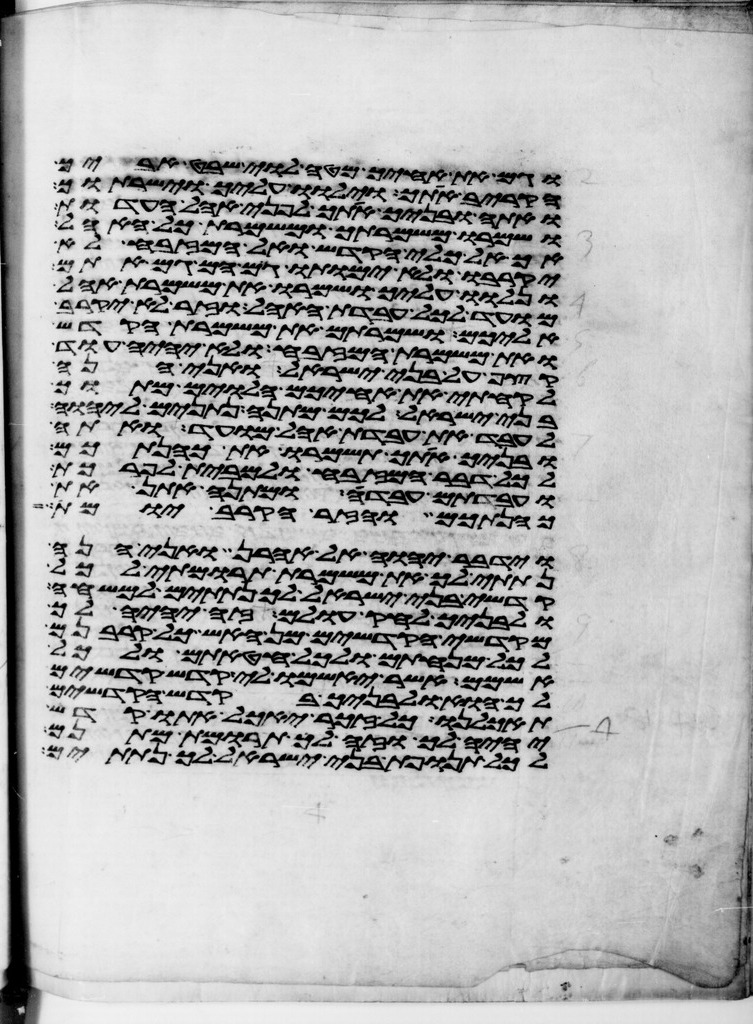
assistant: וגם את אחיך מטה לוי שבט אביך
הקריב אתך וילוו עליך וישרתוך
ואתה ובניך אתך לפני אהל העדות
ושמרו משמרתך ומשמרת כל האהל
אך אל כלי הקדש ואל המזבח לא
יקרבו ולא ימותו גם הם גם אתם
ונלוו עליך ושמרו את משמרת אהל
מועד לכל עבדת האהל וזר לא יקרב
אליכם ושמרתם את משמרת הקדש
ואת משמרת המזבח ולא יהיה עוד
קצף על בני ישראל ואני הנה
לקחתי את אחיכם הלוים מתוך
בני ישראל לכם מתנה נתנים ליהוה
לעבד את עבדת אהל מועד ואתה
ובניך אתך תשמרו את כהנתכם
לכל דבר המזבח ולמבית לפרכת
ועבדתם עבדת מתנה אתן את
כהנתכם והזר הקרב יומת
וידבר יהוה אל אהרן ואני הנה
נתתי לך את משמרת תרומתי לכל
קדשי בני ישראל לך נתתים למשחה
ולבניך לחק עולם זה יהיה לך
מקדשי הקדשים מן האש כל קרבנם
לכל מנחתם ולכל חטאתם ולכל
אשמם אשר יאשמו לי קדש קדשים
לך הוא ולבניך בקדש הקדשים
תאכלנו כל זכר יאכל אתו קדש
יהיה לך וזה לך תרומת מתנם
לכל תנופת בני ישראל לך נתתים